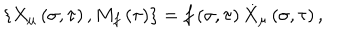
\left\{ X _ { \mu } \left( \sigma , \tau \right) , M _ { f } \left( \tau \right) \right\} = f \left( \sigma , \tau \right) \dot { X } _ { \mu } \left( \sigma , \tau \right) ,